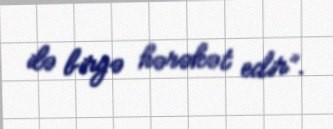
ilə birgə hərəkət edir”.